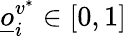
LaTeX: \underline{o}_{i}^{v^{*}}\in[0,1]